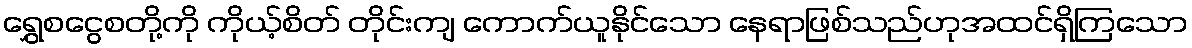
ရွှေစငွေစတို့ကို ကိုယ့်စိတ် တိုင်းကျ ကောက်ယူနိုင်သော နေရာဖြစ်သည်ဟုအထင်ရှိကြသော